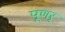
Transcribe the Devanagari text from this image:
पूणर्